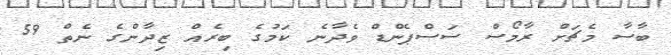
ބާސާ މެޗަށް ރާމޯސް ސަސްޕެންޑް ވެދާނެ ކަމުގެ ބިރެއް ޒިދާންގެ ނެތް 59